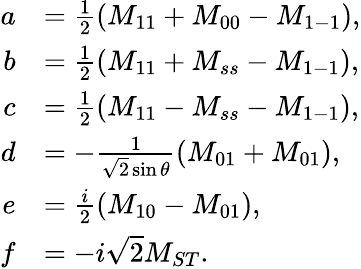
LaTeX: \begin{array}{rl}{a}&{=\frac{1}{2}(M_{11}+M_{00}-M_{1-1}),}\\ {b}&{=\frac{1}{2}(M_{11}+M_{ss}-M_{1-1}),}\\ {c}&{=\frac{1}{2}(M_{11}-M_{ss}-M_{1-1}),}\\ {d}&{=-\frac{1}{\sqrt{2}\sin\theta}(M_{01}+M_{01}),}\\ {e}&{=\frac{i}{2}(M_{10}-M_{01}),}\\ {f}&{=-i\sqrt{2}M_{ST}.}\end{array}